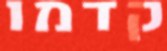
קדמו